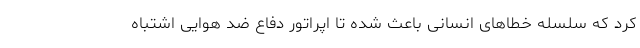
کرد که سلسله خطاهای انسانی باعث شده تا اپراتور دفاع ضد هوایی اشتباه